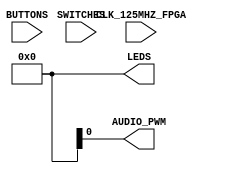
`timescale 1ns / 1ps

//----------------------------------------------------------------------------
// UC Berkeley, EECS 151/251A FPGA Lab
// Lab 3, Spring 2018
// Module: z1top.v 
//----------------------------------------------------------------------------
module z1top (
    input CLK_125MHZ_FPGA,
    input [3:0] BUTTONS,
    input [1:0] SWITCHES,
    output [5:0] LEDS,
    output AUDIO_PWM
);

    // TODO(you): Your code here.

    assign LEDS[5:0] = 6'b0;
endmodule